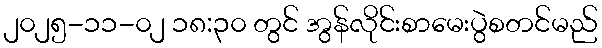
၂၀၂၅-၁၁-၀၂ ၁၈:၃၀ တွင် အွန်လိုင်းစာမေးပွဲစတင်မည်